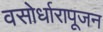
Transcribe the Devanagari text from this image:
वसोर्धारापूजन